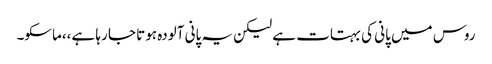
روس میں پانی کی بہتات ہے لیکن یہ پانی آلودہ ہوتا جا رہا ہے،،ماسکو۔